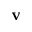
\mathbf { v }